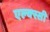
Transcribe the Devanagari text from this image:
एल्क्स्सी